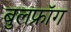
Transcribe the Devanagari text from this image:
बुलफ्रॉग